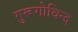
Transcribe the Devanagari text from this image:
गुरूगोविन्द